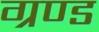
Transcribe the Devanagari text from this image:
ग्रण्ड